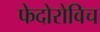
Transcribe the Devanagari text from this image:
फेदोरोविच